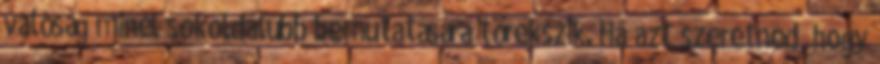
valóság minél sokoldalúbb bemutatására törekszik. Ha azt szeretnéd, hogy